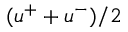
( \boldsymbol { u } ^ { + } + \boldsymbol { u } ^ { - } ) / 2